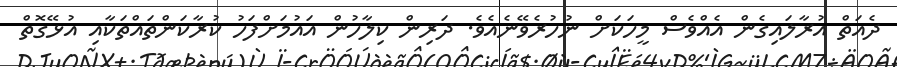
ދެއަތް އުރާލައިގެން އެއްވެސް މީހަކަށް ނުހުރެވޭނެއެވެ. ދަރިން ކިލާހުން އައުމަށްފަހު ކުރާކަންތައްތަކާއި އުޅޭގޮތް